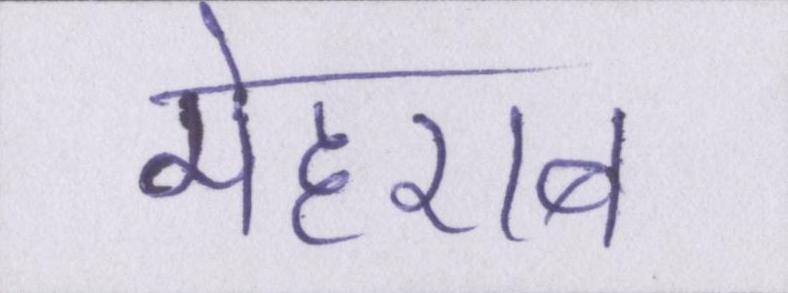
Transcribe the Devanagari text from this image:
मेहराब